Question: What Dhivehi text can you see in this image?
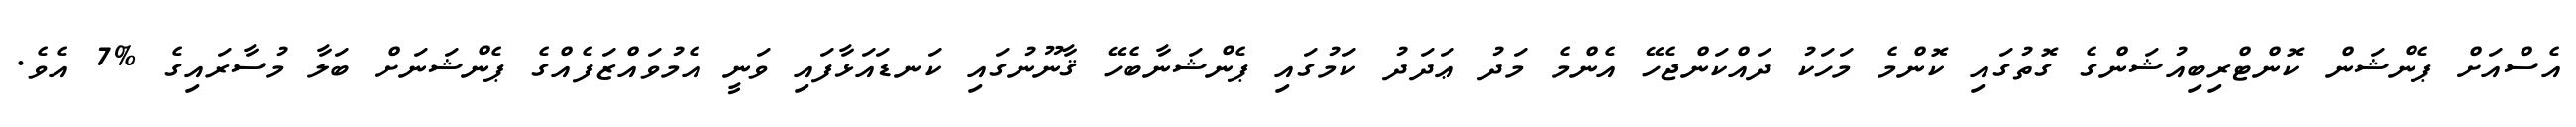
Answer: އެސްއަށް ޕެންޝަން ކޮންޓްރިބިއުޝަންގެ ގޮތުގައި ކޮންމެ މަހަކު ދައްކަންޖެހޭ އެންމެ މަދު ޢަދަދު ކަމުގައި ޕެންޝަނާބެހޭ ޤާނޫނުގައި ކަނޑައަޅާފައި ވަނީ އެމުވައްޒަފެއްގެ ޕެންޝަނަށް ބަލާ މުސާރައިގެ %7 އެވެ.